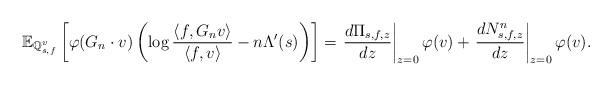
LaTeX: \begin{align*}\mathbb{E}_{\mathbb{Q}_{s,f}^{v}} \left[ \varphi(G_n \cdot v) \left( \log \frac{\langle f, G_n v \rangle}{\langle f, v \rangle} - n\Lambda'(s) \right) \right] = \left. \frac{ d \Pi_{s,f,z} }{ dz } \right|_{z=0} \varphi(v) + \left. \frac{ d N^{n}_{s,f,z} }{ dz } \right|_{z=0} \varphi(v).\end{align*}